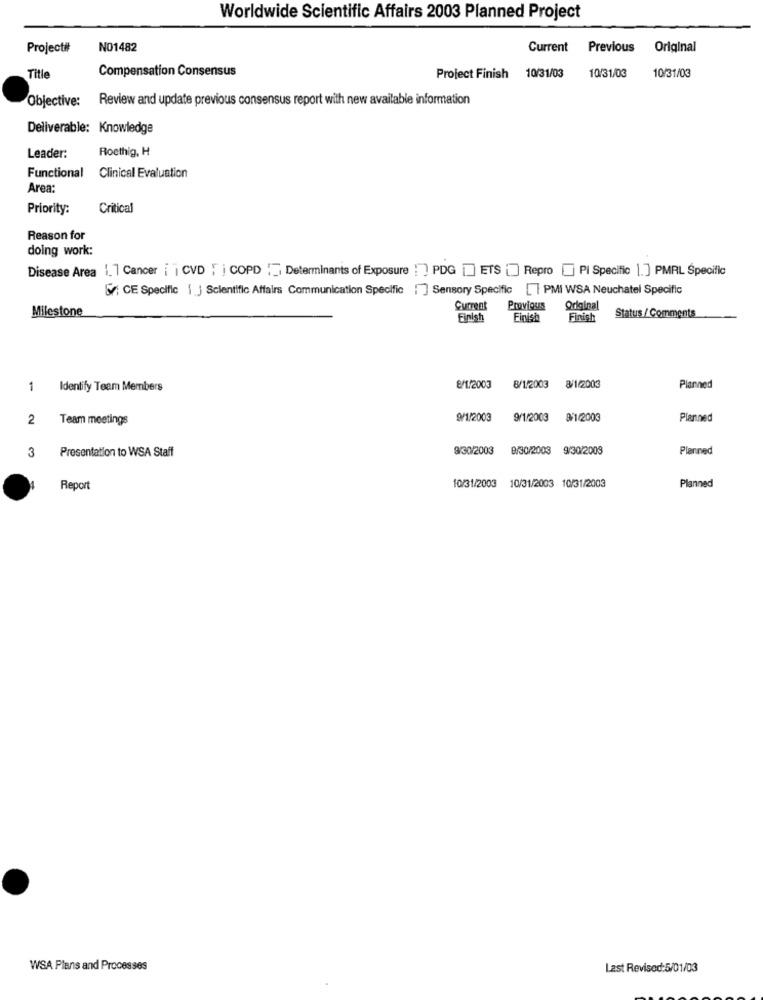
Worldwide Scientific Affairs 2003 Planned Project
Project#
NO1482
Current Previous
Original
Compensation Consensus
Title
Project Finish 10/31/03
10/31/03
10/31/03
Objective: Review and update previous consensus report with new available information
Deliverable: Knowledge
Roethig, H
Leader:
Functional Clinical Evaluation
Area:
Priority:
Critical
Reason for
doing work:
Disease Area 1.1 Cancer ¡ ¡ CVD , i COPD :[ Determinants of Exposure : ] PDG [] ETS [] Repro [] PI Specific 1. ] PMRL Specific
& CE Specific i ] Scientific Affairs Communication Specific : ] Sensory Specific [ I PMI WSA Neuchatel Specific
Current
Previous
Original
Milestone
Finish
Einişin
Finish
Status / Comments
1
Identify Team Members
8/1/2003
8/1/2003
8/1/2003
Planned
2
Team meetings
9/1/2003
9/1/2003
9/1/2003
Planned
Presentation to WSA Staff
9/30/2003
9/30/2003 9/30/2008
Planned
3
Report
10/31/2003 10/31/2003 10/31/2003
Planned
WSA Plans and Processes
Last Revised:5/01/03